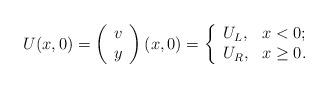
LaTeX: \begin{align*}U(x,0)=\left( \begin{array}{c} v \\ y \\ \end{array} \right)(x,0)=\left\{ \begin{array}{ll} U_L, & \hbox{$x<0$;} \\ U_R, & \hbox{$x\geq 0$.} \end{array} \right.\end{align*}